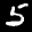
Label: 5